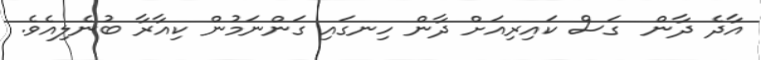
އާދެ ދާން  ގަސް ކައިރިއަށް ދާން ހިނގައި ގަންނަމުން ކިއާރާ ބުނެލިއެވެ.